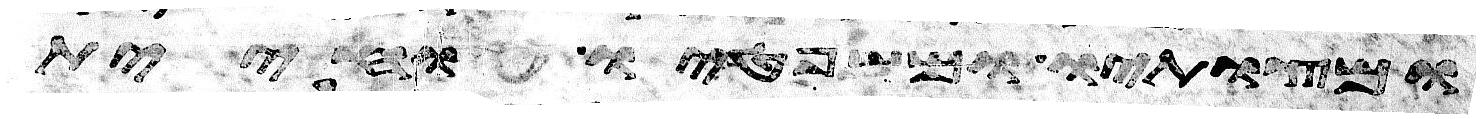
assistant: ומצותיו ומשפטיו וחיית